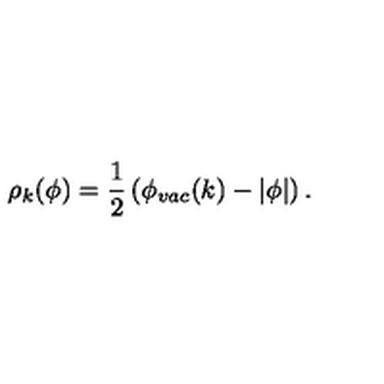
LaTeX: \rho _ { k } ( \phi ) = { \frac { 1 } { 2 } } \left( \phi _ { v a c } ( k ) - \vert \phi \vert \right) .